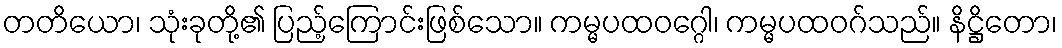
တတိယော၊ သုံးခုတို့၏ ပြည့်ကြောင်းဖြစ်သော။ ကမ္မပထဝဂ္ဂေါ၊ ကမ္မပထဝဂ်သည်။ နိဋ္ဌိတော၊